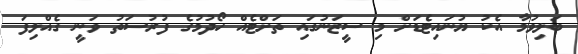
ބަލިވުމާ އެކު ޔުނައިޓެޑަށް މި ސީޒަނުގައި ތަށްޓެއް ހޯދުމުގެ ފުރުސަތު ވަނީ ގެއްލިފަ